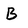
Character: B